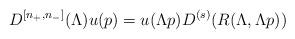
LaTeX: \begin{align*}D^{\left[ n_{+},n_{-}\right] }(\Lambda )u(p)=u(\Lambda p)D^{(s)}(R(\Lambda,\Lambda p))\end{align*}